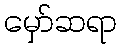
မှော်ဆရာ